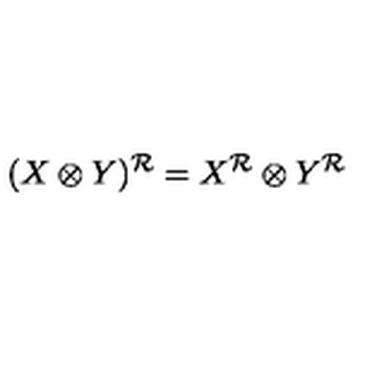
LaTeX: ( X \otimes Y ) ^ { \cal R } = X ^ { \cal R } \otimes Y ^ { \cal R }